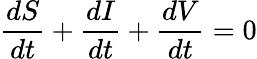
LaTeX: \frac{dS}{dt}+\frac{dI}{dt}+\frac{dV}{dt}=0